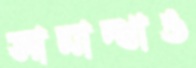
সামান্থাও